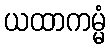
ယထာကမ္မံ